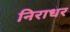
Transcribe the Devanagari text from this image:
निराधर